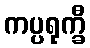
ကပ္ပရုက္ခီ